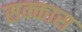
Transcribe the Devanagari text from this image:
सक्कास